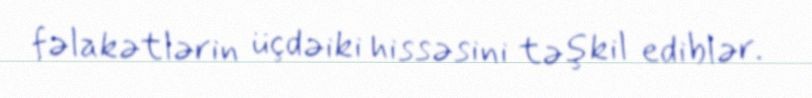
fəlakətlərin üçdəiki hissəsini təşkil ediblər.